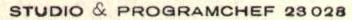
STUDIO & PROGRAMCHEF 23 028